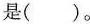
是()。